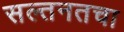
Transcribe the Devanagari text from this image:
सल्तनतचा